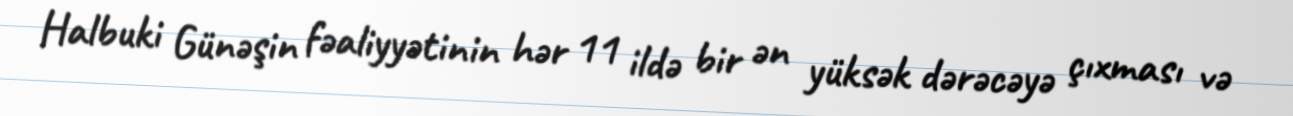
Halbuki Günəşin fəaliyyətinin hər 11 ildə bir ən yüksək dərəcəyə çıxması və